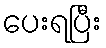
ပေးရပြီး